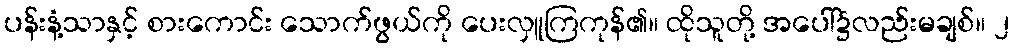
ပန်းနံ့သာနှင့် စားကောင်း သောက်ဖွယ်ကို ပေးလှူကြကုန်၏။ ထိုသူတို့ အပေါ်၌လည်းမချစ်။ ၂